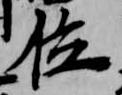
位